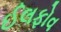
ઈલફોવ